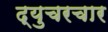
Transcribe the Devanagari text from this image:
द्युचरचार